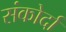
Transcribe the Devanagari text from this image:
संकोर्दा